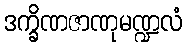
ဒက္ခိဏဇာဏုမဏ္ဍလံ